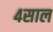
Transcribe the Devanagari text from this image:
४साल